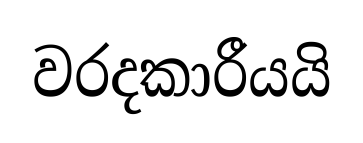
වරදකාරීයයි